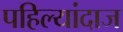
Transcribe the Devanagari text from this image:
पहिल्यांदाज